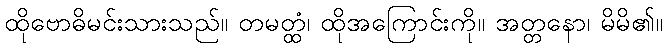
ထိုဗောဓိမင်းသားသည်။ တမတ္ထံ၊ ထိုအကြောင်းကို။ အတ္တနော၊ မိမိ၏။